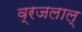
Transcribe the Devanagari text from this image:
व्रजलाल्